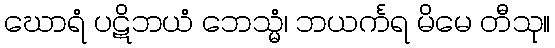
ဃောရံ ပဋိဘယံ ဘေသ္မံ၊ ဘယင်္ကရ မိမေ တီသု။